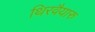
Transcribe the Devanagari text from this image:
थिरवैयारु